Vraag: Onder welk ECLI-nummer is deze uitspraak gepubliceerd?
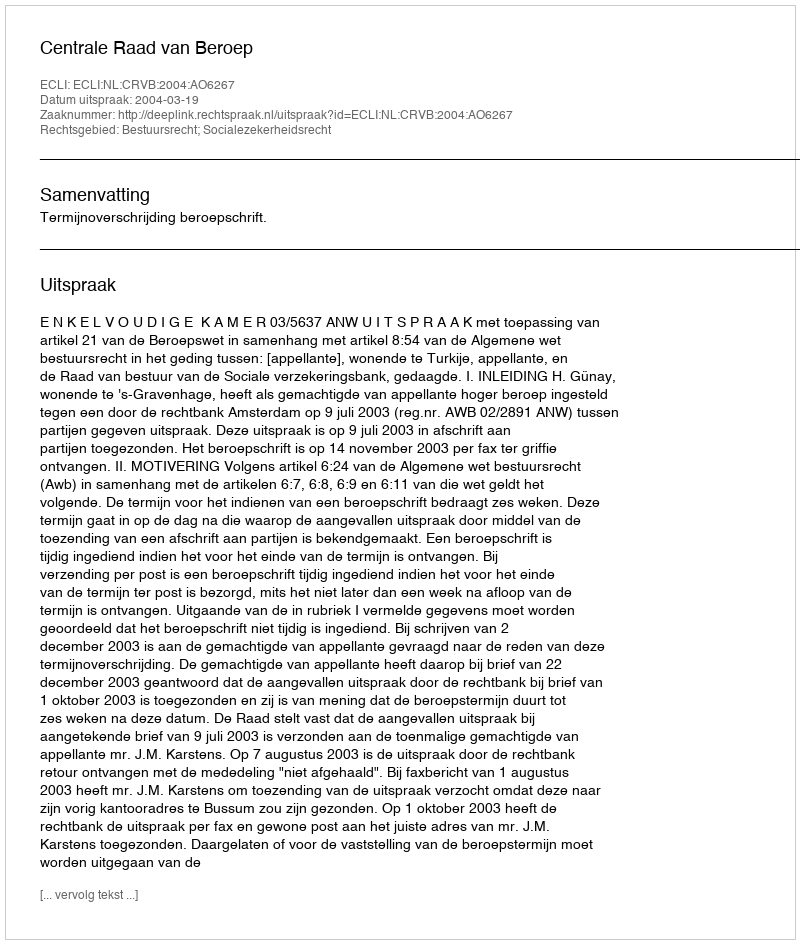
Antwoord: ECLI:NL:CRVB:2004:AO6267